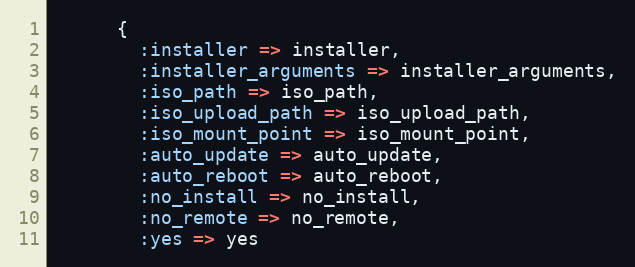
Language: Ruby
      {
        :installer => installer,
        :installer_arguments => installer_arguments,
        :iso_path => iso_path,
        :iso_upload_path => iso_upload_path,
        :iso_mount_point => iso_mount_point,
        :auto_update => auto_update,
        :auto_reboot => auto_reboot,
        :no_install => no_install,
        :no_remote => no_remote,
        :yes => yes